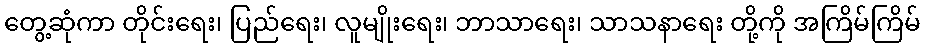
တွေ့ဆုံကာ တိုင်းရေး၊ ပြည်ရေး၊ လူမျိုးရေး၊ ဘာသာရေး၊ သာသနာရေး တို့ကို အကြိမ်ကြိမ်